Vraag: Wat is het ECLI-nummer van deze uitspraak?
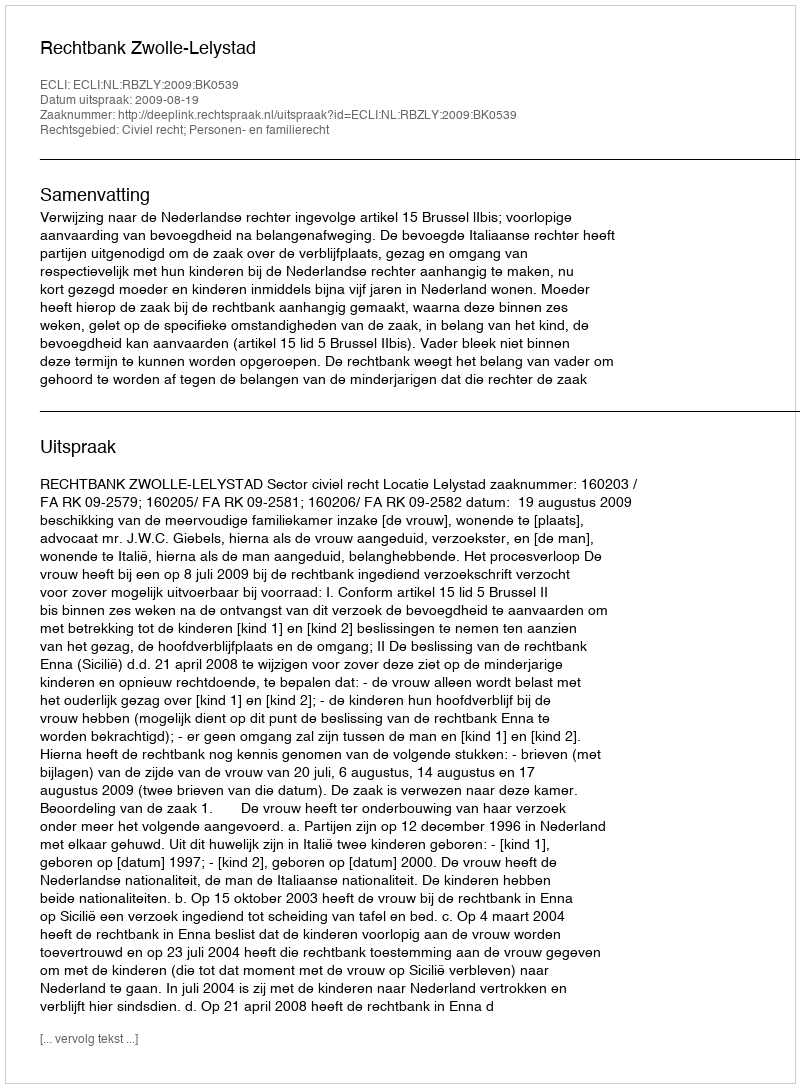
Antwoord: ECLI:NL:RBZLY:2009:BK0539